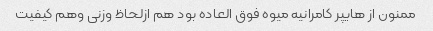
ممنون از هایپر کامرانیه میوه فوق العاده بود هم ازلحاظ وزنی وهم کیفیت